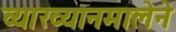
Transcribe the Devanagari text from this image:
व्याख्यानमालेने